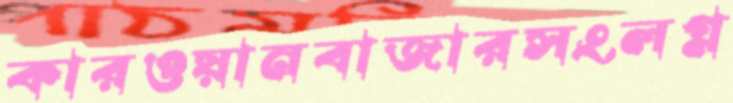
কারওয়ানবাজারসংলগ্ন